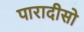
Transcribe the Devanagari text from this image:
पारादीसो